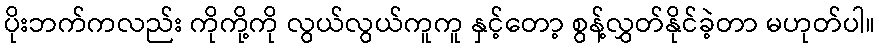
ပိုးဘက်ကလည်း ကိုကို့ကို လွယ်လွယ်ကူကူ နှင့်တော့ စွန့်လွှတ်နိုင်ခဲ့တာ မဟုတ်ပါ။